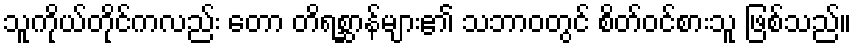
သူကိုယ်တိုင်ကလည်း တော တိရစ္ဆာန်များ၏ သဘာဝတွင် စိတ်ဝင်စားသူ ဖြစ်သည်။